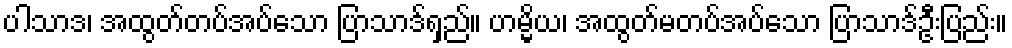
ပါသာဒ၊ အထွတ်တပ်အပ်သော ပြာသာဒ်ရှည်။ ဟမ္မိယ၊ အထွတ်မတပ်အပ်သော ပြာသာဒ်ဦးပြည်း။